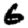
Digit: 6